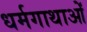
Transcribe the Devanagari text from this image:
धर्मगाथाओं